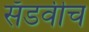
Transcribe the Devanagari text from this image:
सँडवीच